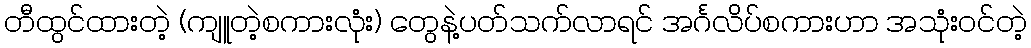
တီထွင်ထားတဲ့ (ကျူတဲ့စကားလုံး) တွေနဲ့ပတ်သက်လာရင် အင်္ဂလိပ်စကားဟာ အသုံးဝင်တဲ့